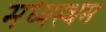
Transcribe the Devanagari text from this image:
मध्‍यस्‍थम